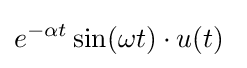
e^{-\alpha t}\sin(\omega t)\cdot u(t)\